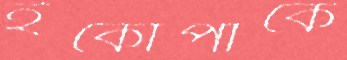
ইকোপার্কে